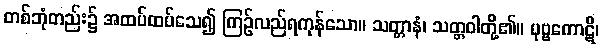
တစ်ဘုံတည်း၌ အထပ်ထပ်သေ၍ ကြဉ်လည်ရကုန်သော။ သတ္တာနံ၊ သတ္တဝါတို့၏။ ပုဗ္ဗကောဋိ၊